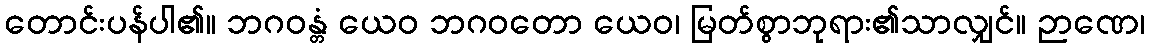
တောင်းပန်ပါ၏။ ဘဂဝန္တံ ယေဝ ဘဂဝတော ယေဝ၊ မြတ်စွာဘုရား၏သာလျှင်။ ဉာဏေ၊